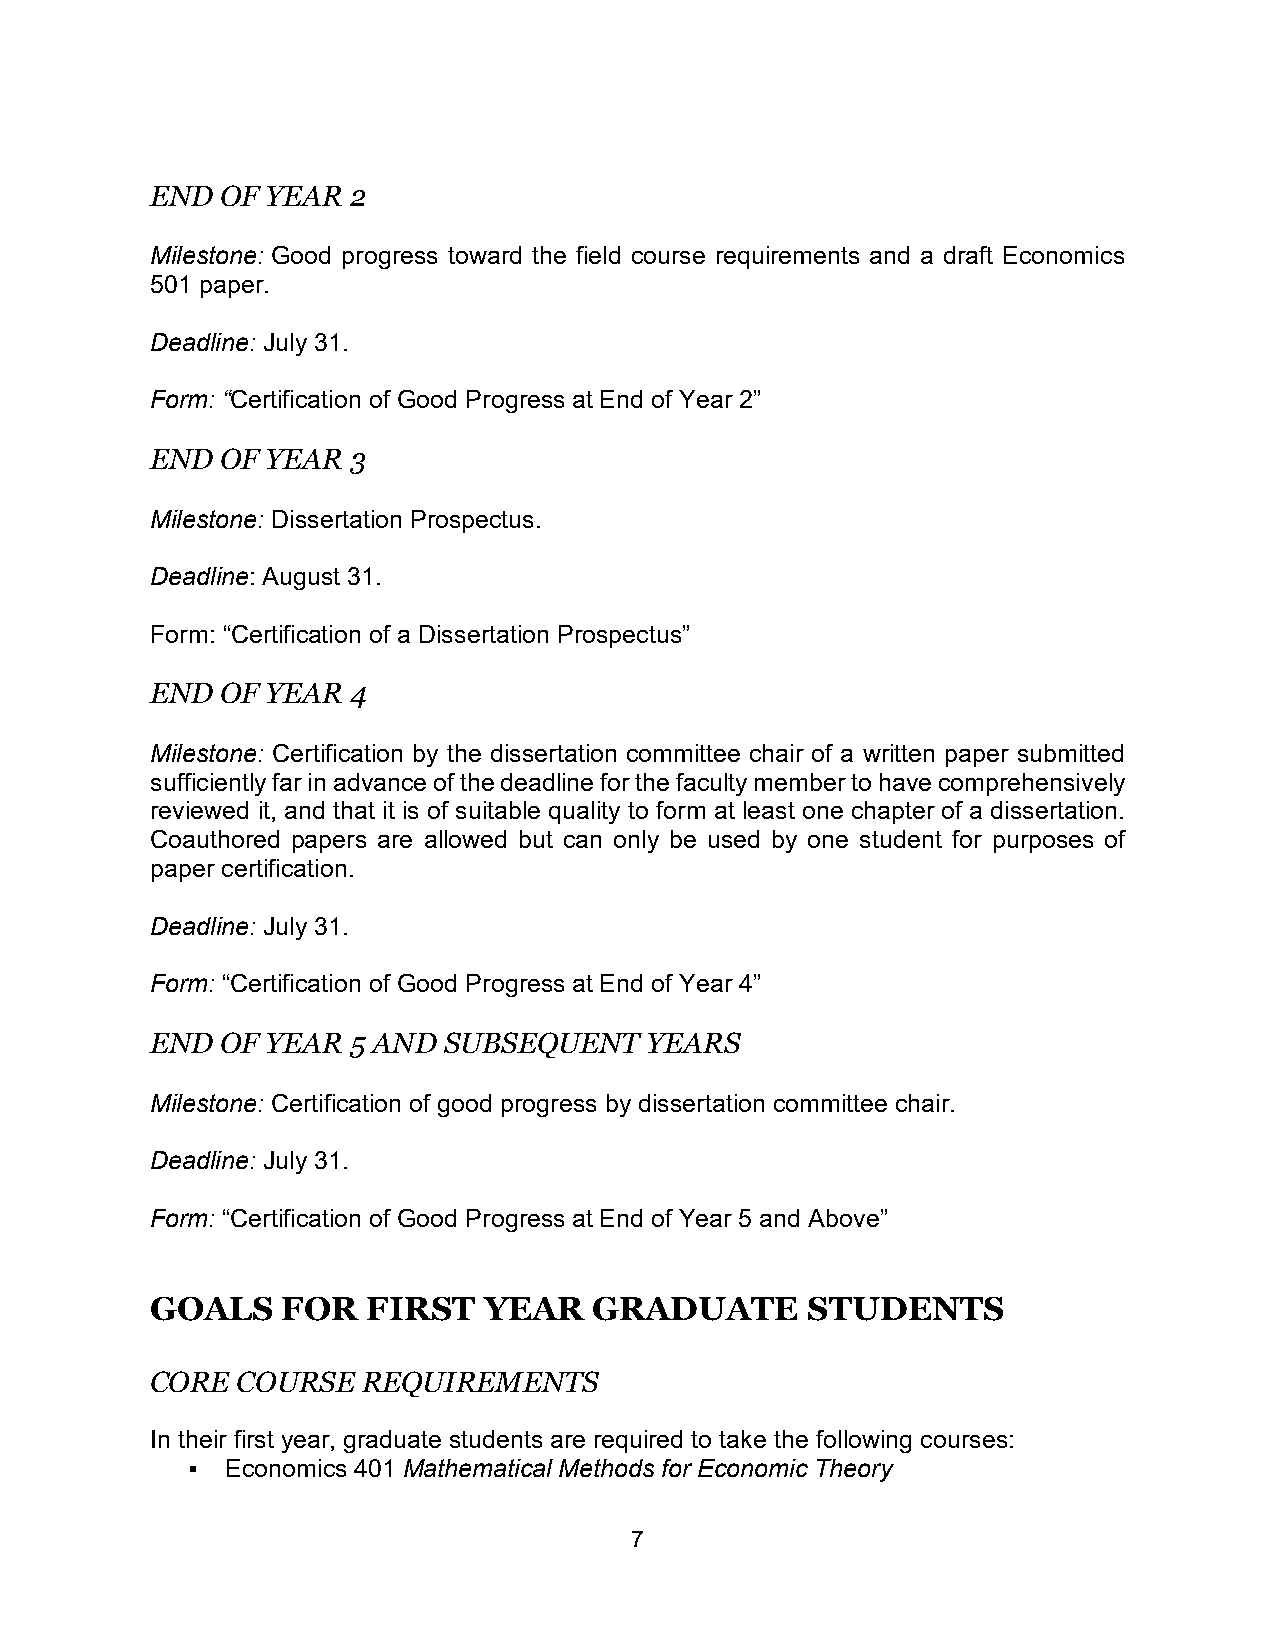
END  OF YEAR 2
 Milestone: Good progress toward the field course requirements and a draft Economics
 501 paper.
 Deadline: July 31.
 Form: “Certification of Good Progress at End of Year 2”
 END  OF YEAR 3
 Milestone: Dissertation Prospectus.
 Deadline: August 31.
 Form: “Certification of a Dissertation Prospectus”
 END  OF YEAR 4
 Milestone: Certification by the dissertation committee chair of a written paper submitted
 sufficiently far in advance of the deadline for the faculty member to have comprehensively
 reviewed it, and that it is of suitable quality to form at least one chapter of a dissertation.
 Coauthored papers are allowed but can only be used by one student for purposes of
 paper certification.
 Deadline: July 31.
 Form: “Certification of Good Progress at End of Year 4”
 END  OF YEAR 5 AND SUBSEQUENT    YEARS
 Milestone: Certification of good progress by dissertation committee chair.
 Deadline: July 31.
 Form: “Certification of Good Progress at End of Year 5 and Above”
 GOALS    FOR  FIRST   YEAR   GRADUATE      STUDENTS
 CORE  COURSE  REQUIREMENTS
 In their first year, graduate students are required to take the following courses:
   Economics 401 Mathematical Methods for Economic Theory
 7